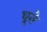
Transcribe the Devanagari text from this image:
घृते